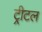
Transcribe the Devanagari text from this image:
ट्रीटल